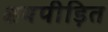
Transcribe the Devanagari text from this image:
क्षयपीड़ित